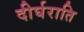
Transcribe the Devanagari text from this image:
दीर्घराति